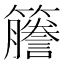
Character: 𫂭